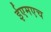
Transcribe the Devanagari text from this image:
ईएमएच